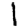
Digit: 1